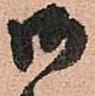
御